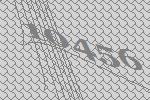
10456